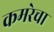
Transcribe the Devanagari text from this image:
कमरेचा